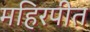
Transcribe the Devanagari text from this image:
महिरपीत